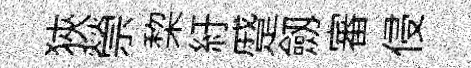
狹禜棃紆蹙劔審侵